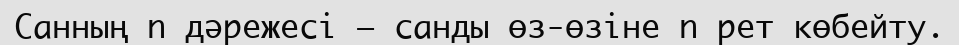
Санның n дәрежесі — санды өз-өзіне n рет көбейту.